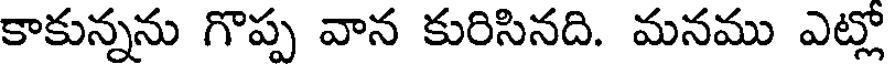
కాకున్నను గొప్ప వాన కురిసినది. మనము ఎట్లో